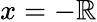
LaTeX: x=-\mathbb{R}